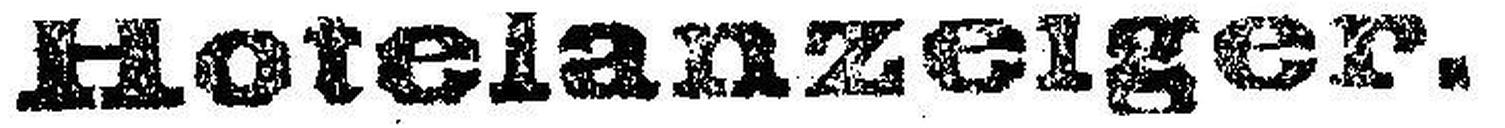
Hotelanzeiger.